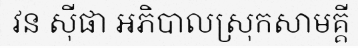
វន ស៊ីផា អភិបាលស្រុកសាមគ្គី